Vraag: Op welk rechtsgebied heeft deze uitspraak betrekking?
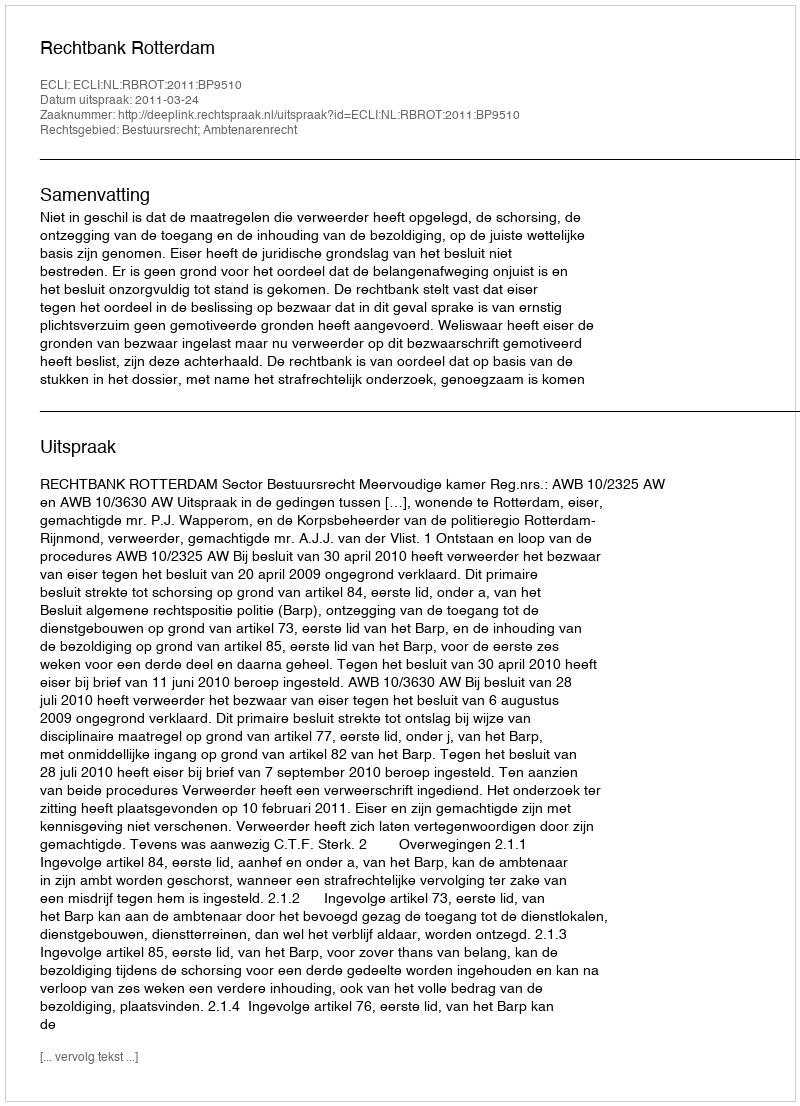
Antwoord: Bestuursrecht; Ambtenarenrecht